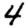
Digit: 4